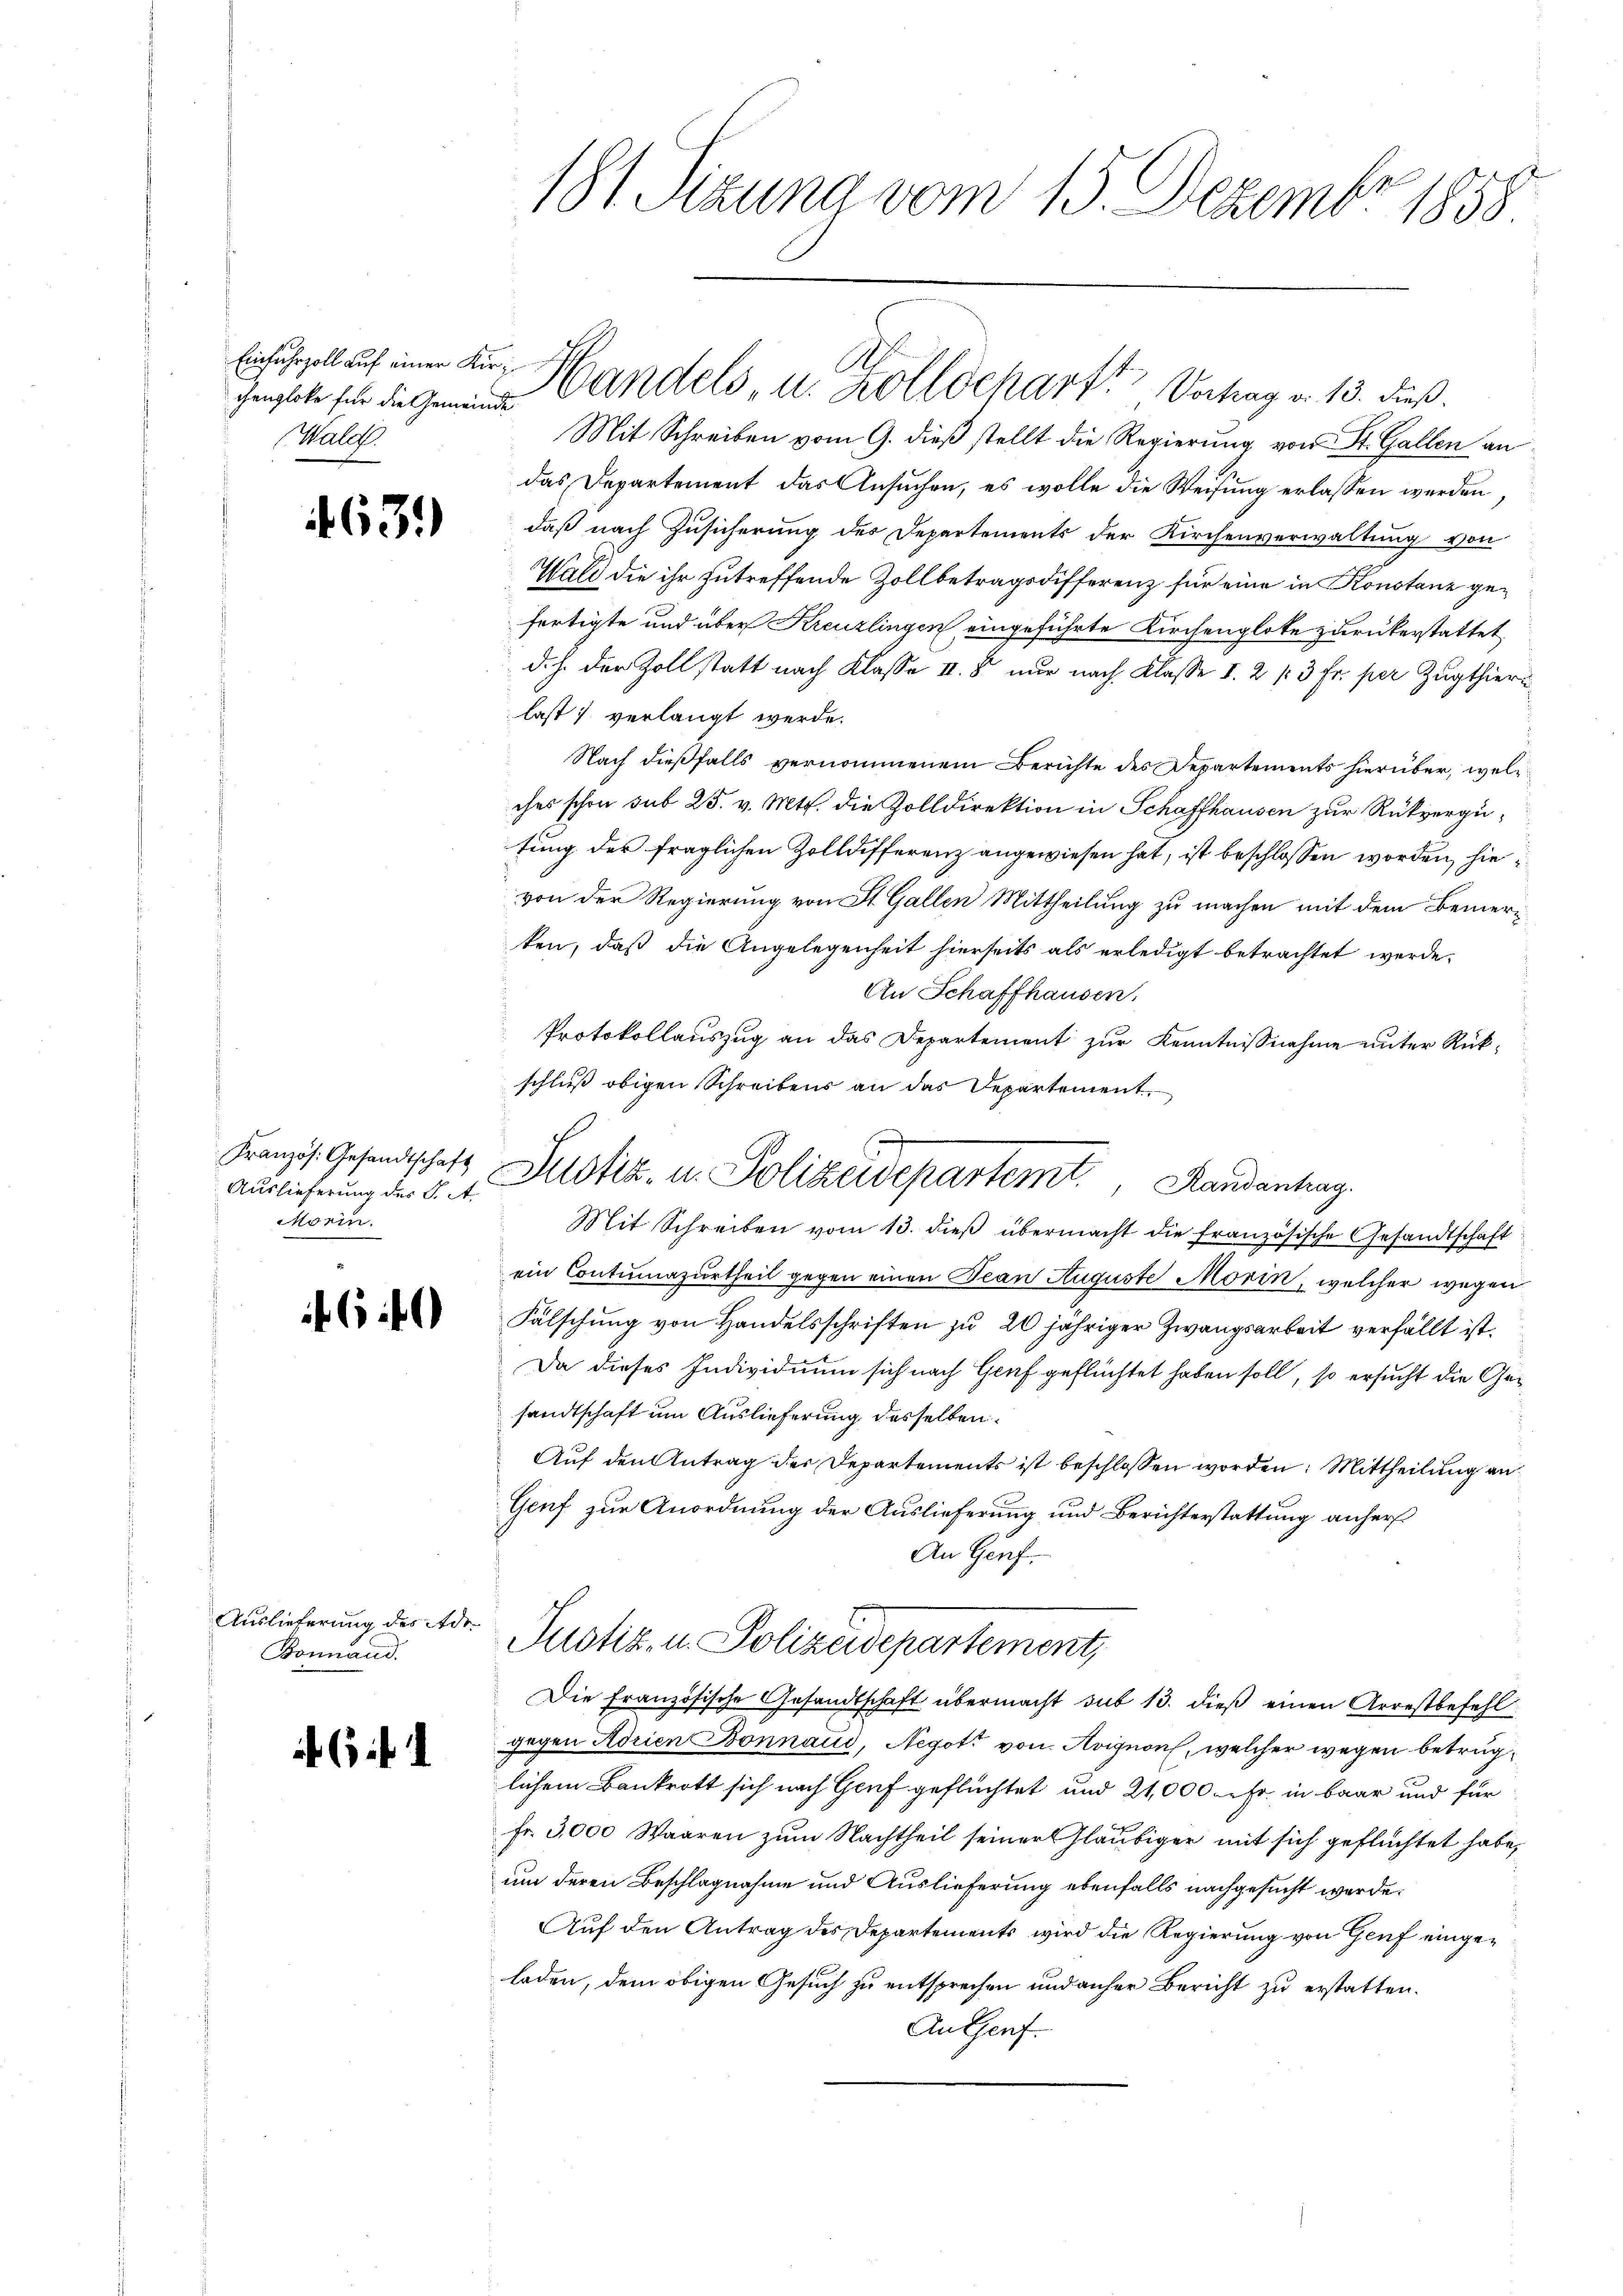
chengloke für die Gemeinde
(Walch

463.

Französ. Gesandtschaft
Auslieferung des K. A.
Morin.

60

Auslieferung des Ade¬
Bonnand.

l
181. Sizung vom 15. Dezemb. 1858

Mit Schreiben vom 9. dieß stellt die Regierung von St. Gallen an
das Departement das Ansuchen, es wolle die Weisung erlassen werden
daß nach Zusicherung des Departements der Kirchenverwaltung von
Wald die ihr zutreffende Zollbetragsdifferenz für eine in Konstanz gefertigte und über Kreuzlingen eingeführte Kirchenglote zurükerstattet
d. h. der Zoll statt nach Klasse II. 8 nur nach Klasse I. 2 f 3 Fr. per Zugthier
last verlangt werde.
Nach dießfalls vernommenem Berichte des Departements hierüber, welc
ches schon sub 25. v. Mts. die Zolldirektion in Schaffhausen zur Rückvergütung der fraglichen Zolldifferenz angewiesen hat, ist beschlossen worden, hie
von der Regierung von St. Gallen Mittheilung zu machen mit dem Bemerten, daß die Angelegenheit hierseits als erledigt betrachtet werde.
An Schaffhausen.
Protokollauszug an das Departement zur Kenntnißnahme unter Rückschluß obigen Schreibens an das Departement.

A.
Einfuhrzoll auf einer Kur Handels, u. Zolldcharte Vertrag v. 13. dieß.

f
Justiz- u. Polizeidepartemt., Handenhag
Mit Schreiben vom 13. dieß übermacht die französische Gesandtschaft

ein Contumazurtheil gegen einen Jean Auguste Morin, welcher wegen
Fälschung von Handelsschriften zu 20 jähriger Zwangsarbeit verfällt ist.
Da dieses Individuum sich nach Genf geflüchtet haben soll, so ersucht die Gesandtschaft um Auslieferung desselben.
Auf den Antrag der Departements ist beschlossen worden. Mittheilung an
Genf zur Anordnung der Auslieferung und Berichterstattung anhers
An Genf.
Justiz u. Polizeidepartement,
Die Französische Gesandtschaft übermacht sub 13. dieß einen Arrestbefehl
Zügen Adrien Bonnaud, Negoti von Avignon, welcher wegen betrug
lichem Bankrott sich nach Genf geflüchtet und 21,000 fr. in baar und für
Fr. 3,000 Waaren zum Nachtheil seiner Gläubiger mit sich geflüchtet habe,
um deren Beschlagnahme und Auslieferung ebenfalls nachgesucht werde.
Auf den Antrag des Departements wird die Regierung von Genf eingeladen, dem obigen Gesuch zu entsprechen und anher Bericht zu erstatten.
An Genf.